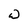
Character: W